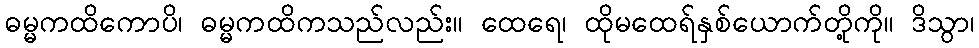
ဓမ္မကထိကောပိ၊ ဓမ္မကထိကသည်လည်း။ ထေရေ၊ ထိုမထေရ်နှစ်ယောက်တို့ကို။ ဒိသွာ၊